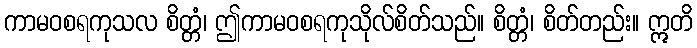
ကာမဝစရကုသလ စိတ္တံ၊ ဤကာမဝစရကုသိုလ်စိတ်သည်။ စိတ္တံ၊ စိတ်တည်း။ ဣတိ